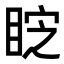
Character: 𭾷